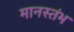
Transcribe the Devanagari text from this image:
मानस्तंभ